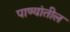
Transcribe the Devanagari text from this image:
पाण्यांतील